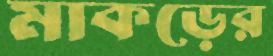
মাকড়ের